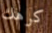
كرهك